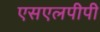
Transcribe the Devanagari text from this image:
एसएलपीपी